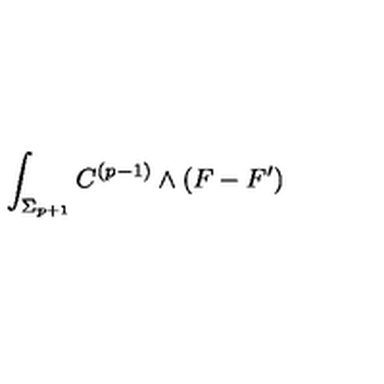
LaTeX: \int _ { \Sigma _ { p + 1 } } C ^ { ( p - 1 ) } \wedge ( F - F ^ { \prime } )